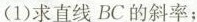
(1)求直线BC的斜率；